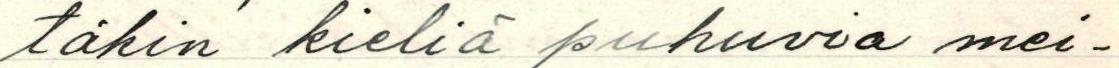
täkin kieliä puhuvia mei-